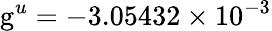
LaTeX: \mathrm{g}^{u}=-3.05432\times 10^{-3}